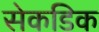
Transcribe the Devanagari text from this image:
सेकडिक